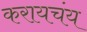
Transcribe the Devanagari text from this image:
करायचंय